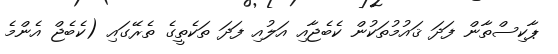
ޕާކިސްތާން ފަދަ ޤައުމުތަކުން ކެބެޖާއި އަލުއި ފަދަ ތަކެތީގެ ތެރޭގައި (ކެބެޖް އެންމެ